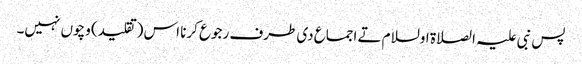
پس نبی علیہ الصلاة اولسلام تے اجماع د‏‏ی طرف رجوع کرنا اس (تقلید) وچو‏ں نہیں۔